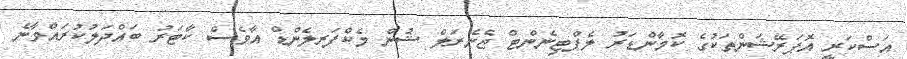
އަސްކަރީ އޮޕަރޭޝަންތަކުގެ ކޮމާންޑަރު ލެފްޓިނެންޓް ޖެނެރަލް ޝުން މެކްފަރލެންޑް އާވެސް ކާޓަރު ބައްދަލުކުރައްވާނެ